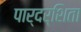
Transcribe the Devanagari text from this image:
पार्दर्शिता